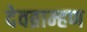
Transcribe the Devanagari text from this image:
देवब्राम्हण